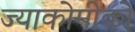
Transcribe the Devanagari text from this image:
ज्याकोमीको